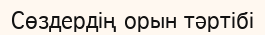
Сөздердің орын тәртібі